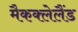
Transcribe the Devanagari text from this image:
मैकक्लेलैंड